Civil Veterinary Dept. North-West Frontier Province 1933-46 - 1933-1946
Year: 1933
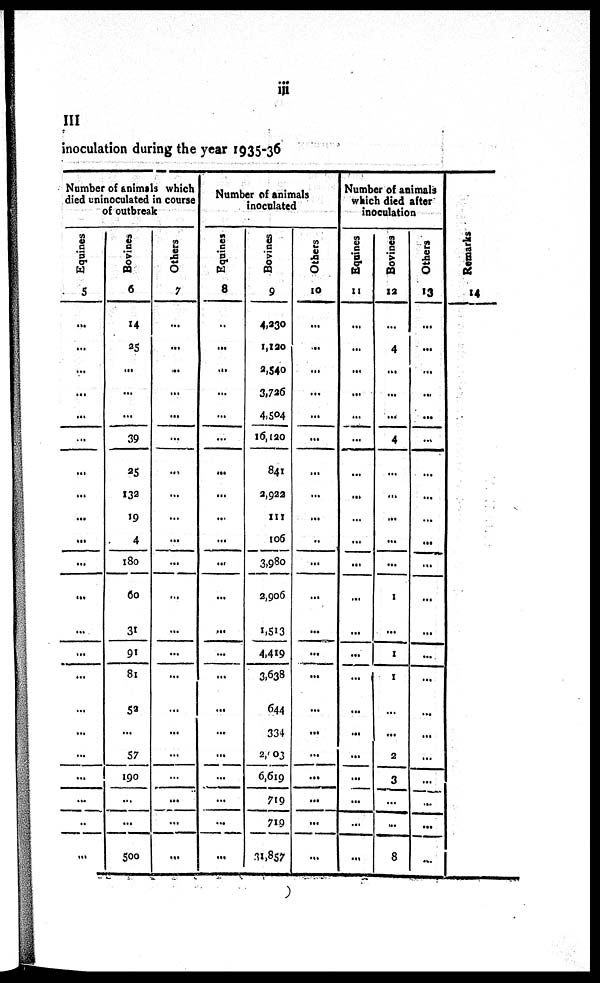
iii
III
inoculation during the year 1935-36
Number of animals which
died uninoculated in course
of outbreak
Equines
5
...
...
...
...
...
...
...
...
...
...
...
...
...
...
...
...
...
...
...
...
...
...
Bovines
6
14
25
...
...
...
39
25
132
19
4
180
60
31
91
81
52
...
57
190
...
...
500
Others
7
...
...
...
...
...
...
...
...
...
...
...
...
...
...
...
...
...
...
...
...
...
...
Number of animals
inoculated
Equines
8
..
...
...
...
...
...
...
...
...
...
...
...
...
...
...
...
...
...
...
...
...
...
Bovines
9
4,230
1,120
2,540
3,726
4,504
16,120
841
2,922
111
106
3,980
2,906
1,513
4,419
3,638
644
334
2,903
6,619
719
719
31,857
Others
10
...
...
...
...
...
...
...
...
...
...
...
...
...
...
...
...
...
...
...
...
...
...
Number of animals
which died after
inoculation
Equines
11
...
...
...
...
...
...
...
...
...
...
...
...
...
...
...
...
...
...
...
...
...
...
Bovines
12
...
4
...
...
...
4
...
...
...
...
...
1
...
1
1
...
...
2
3
...
...
8
Others
13
...
...
...
...
...
...
...
...
...
...
...
...
...
...
...
...
...
...
...
...
...
...
Remarks
14